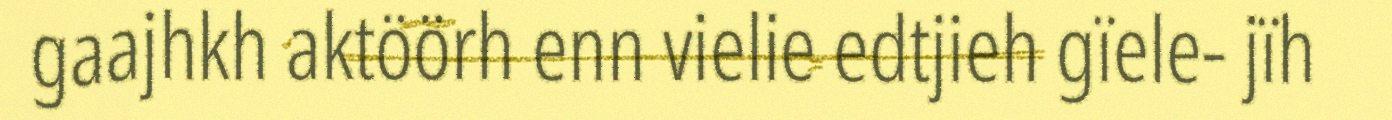
gaajhkh aktöörh enn vielie edtjieh gïele- jïh